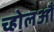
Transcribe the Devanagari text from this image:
च्होलऔ